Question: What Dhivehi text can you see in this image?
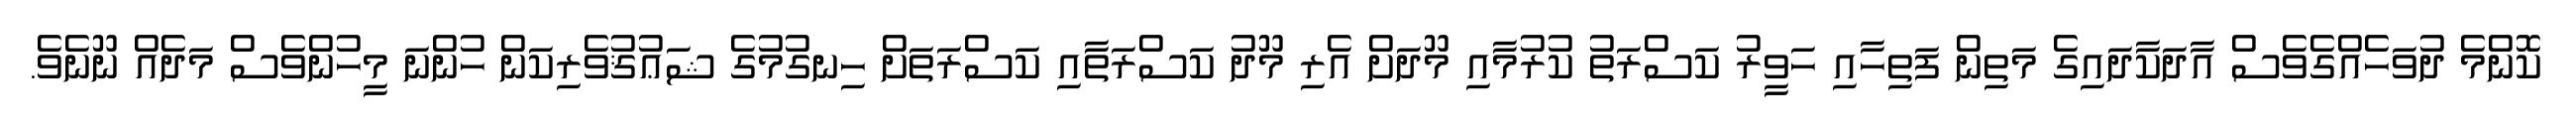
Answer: ކޮންމެ ދުވަހެއްގެވެސް އާދަކާދައިގެ މަތިން ފަތިހާއި ހަވީރު ކަސްރަތު ކުރުމާއި މޫދަށް އެރި މޫދު ކަސްރަތާއި ކަސްރަތަށް ހިނގުމުގެ ޝަޢުޤުވެރިކަން ހުންނަ މީހުންވެސް މަދެއް ނޫނެވެ.